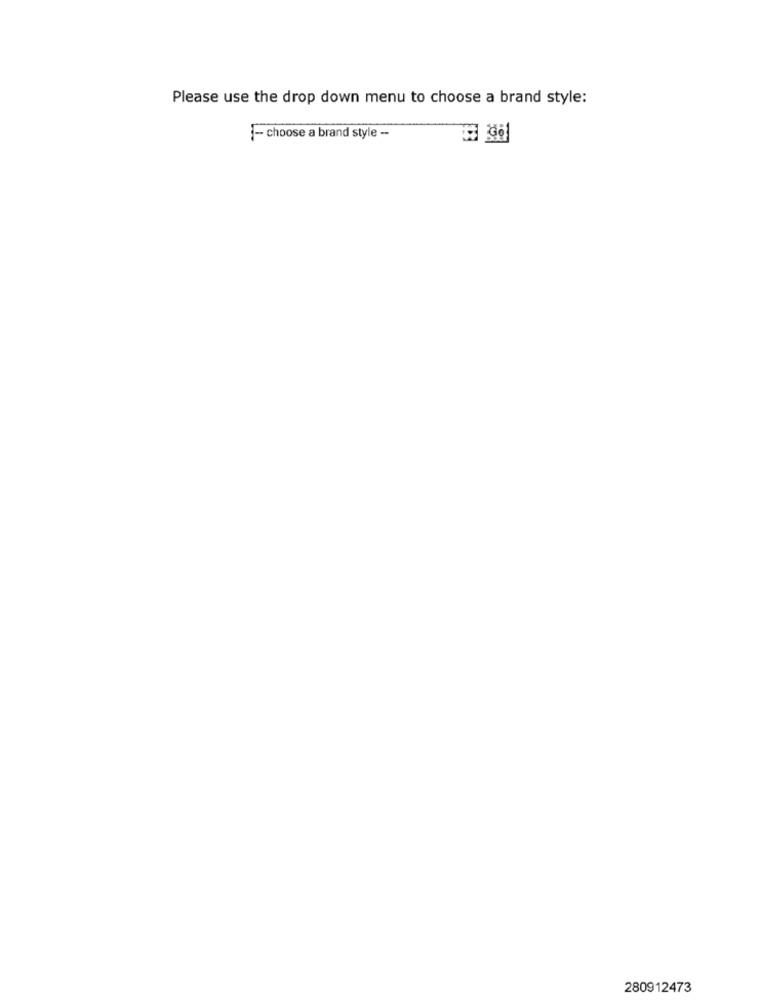
Please use the drop down menu to choose a brand style:
- choose a brand style --
280912473